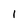
Character: 1